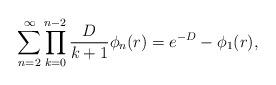
LaTeX: \begin{align*}\sum_{n=2}^{\infty} \prod_{k=0}^{n-2}\frac{D}{k+1}\phi_{n}(r) =e^{-D} -\phi_{1}(r),\end{align*}